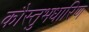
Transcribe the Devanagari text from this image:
कौस्तुभधारिण